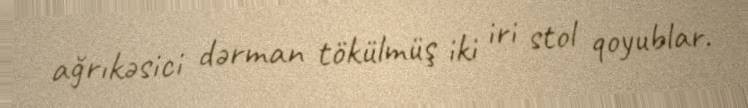
ağrıkəsici dərman tökülmüş iki iri stol qoyublar.